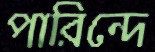
পারিন্দে